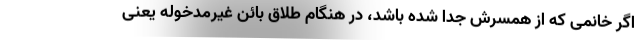
اگر خانمی که از همسرش جدا شده باشد، در هنگام طلاق بائن غیرمدخوله یعنی